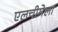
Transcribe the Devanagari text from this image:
एलचीमेला